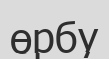
өрбу